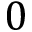
0